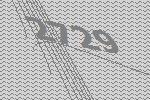
2729